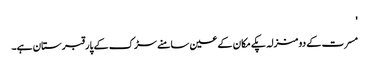
'
مسرت کے دو منزلہ پکے مکان کے عین سامنے سڑک کے پار قبرستان ہے۔